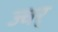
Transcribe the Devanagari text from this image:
ज्वर्